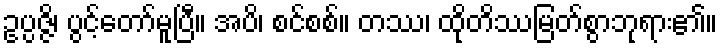
ဥပ္ပဇ္ဇိ၊ ပွင့်တော်မူပြီ။ အပိ၊ စင်စစ်။ တဿ၊ ထိုတိဿမြတ်စွာဘုရား၏။